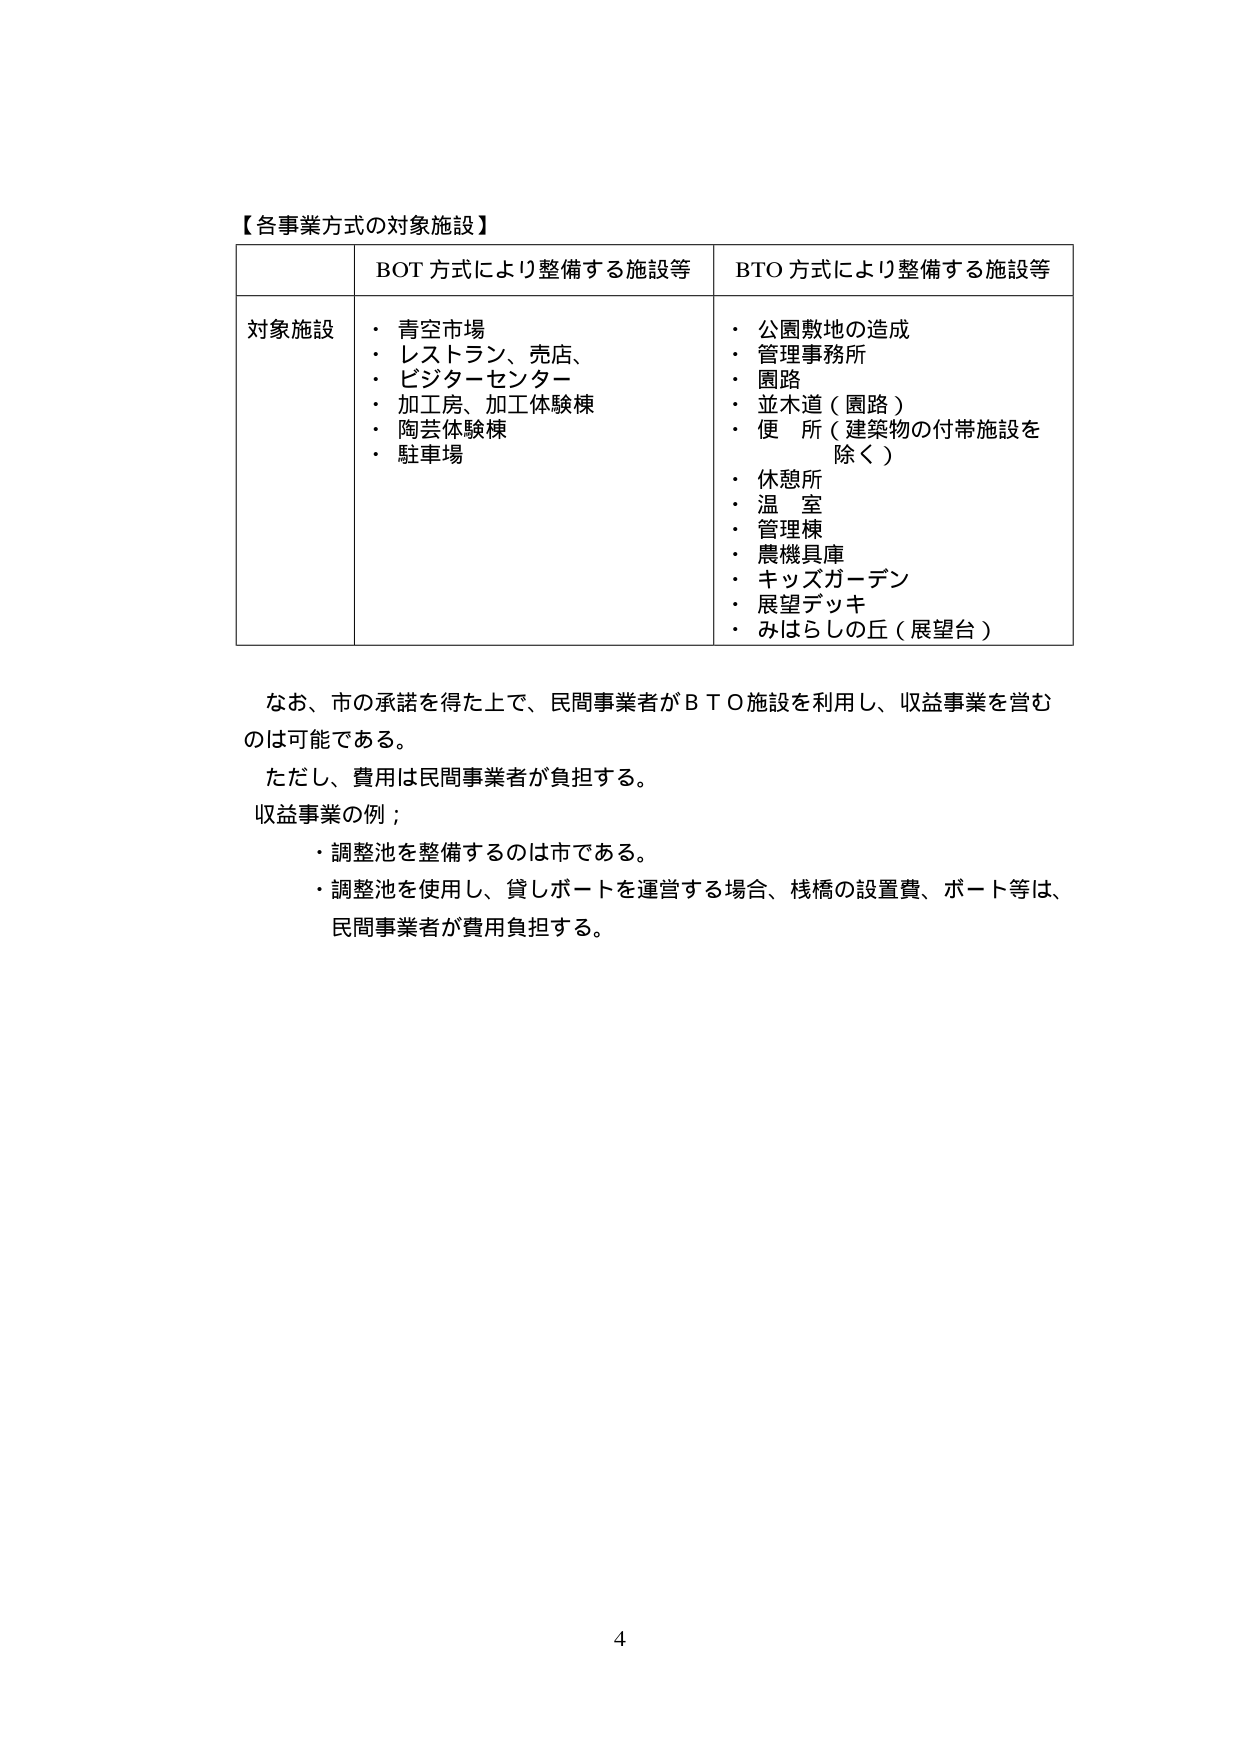
【各事業方式の対象施設】

対象施設
BOT方式により整備する施設等
・青空市場
・レストラン、売店、
・ビジターセンター
・加工房、加工体験棟
・陶芸体験棟
・駐車場

BTO方式により整備する施設等
・公園敷地の造成
・管理事務所
・園路
・並木道（園路）
・便所（建築物の付帯施設を除く）
・休憩所
・温 室
・管理棟
・農機具庫
・キッズガーデン
・展望デッキ
・みはらしの丘（展望台）

なお、市の承諾を得た上で、民間事業者がＢＴＯ施設を利用し、収益事業を営むのは可能である。
ただし、費用は民間事業者が負担する。
収益事業の例；
・調整池を整備するのは市である。
・調整池を使用し、貸しボートを運営する場合、桟橋の設置費、ボート等は、民間事業者が費用負担する。

4